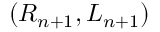
( R _ { n + 1 } , L _ { n + 1 } )